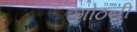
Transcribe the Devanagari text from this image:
गोठनी